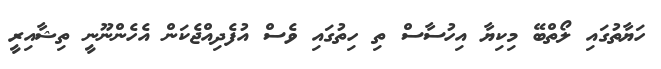
ހަޔާތުގައި ލޯތްބޭ މިކިޔާ އިހުސާސް ތި ހިތުގައި ވެސް އުފެދިއްޖެކަން އެހެންނޫނީ ތިޝާއިރީ